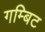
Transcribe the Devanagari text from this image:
गम्बिट